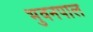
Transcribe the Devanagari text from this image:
भुवनपाल